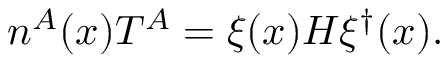
n ^ { A } ( x ) T ^ { A } = \xi ( x ) { \cal H } \xi ^ { \dagger } ( x ) .